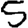
Digit: 5